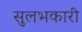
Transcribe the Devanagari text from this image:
सुलभकारी